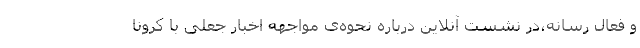
و فعال رسانه،در نشست آنلاین درباره نحوه‌ی مواجهه اخبار جعلی با کرونا